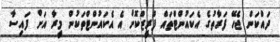
ދައްކަން ޖެހޭ ފަރާތުގެ އެކައުންޓްތައް ފްރީޒްކޮށް އެ އެކައުންޓްތަކުން މީރާ އަށް ފައިސާ